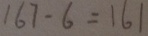
1 6 7 - 6 = 1 6 1